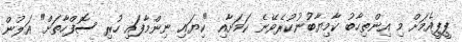
ޕީޕީއެމަށް މި އިންތިހާބު ކާމިޔާބުނުކުރެވޭނެ ކަމަށާއި "ކިޔައި ނިންމާފައި ހުރި ސޮފްހާތަށް" އަލުން